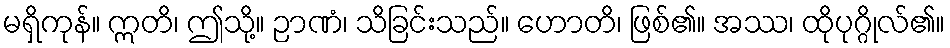
မရှိကုန်။ ဣတိ၊ ဤသို့။ ဉာဏံ၊ သိခြင်းသည်။ ဟောတိ၊ ဖြစ်၏။ အဿ၊ ထိုပုဂ္ဂိုလ်၏။